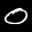
Label: 0